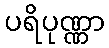
ပရိပုဏ္ဏာ